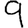
Digit: 9